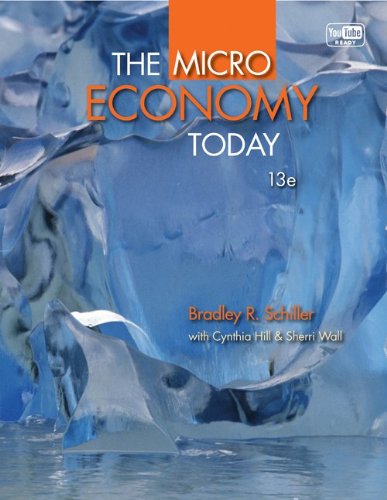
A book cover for The Micro Economy Today (McGraw-Hill Series Economics); Bradley Schiller; Business & Money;